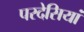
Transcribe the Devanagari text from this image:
परदेसियां